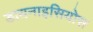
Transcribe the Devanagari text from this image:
डायनाइसियोस